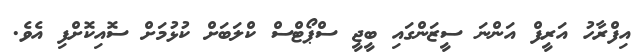
އިފްރާހު އަރީފް އަންނަ ސީޒަންގައި ބީޖީ ސްޕޯޓްސް ކްލަބަށް ކުޅުމަށް ސޮއިކޮށްފި އެވެ.